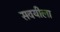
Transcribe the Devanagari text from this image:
सवयीला